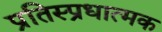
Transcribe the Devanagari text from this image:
प्रतिस्प्रधात्मक